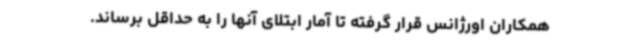
همکاران اورژانس قرار گرفته تا آمار ابتلای آنها را به حداقل برساند.